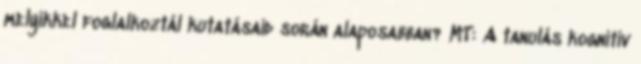
melyikkel foglalkoztál kutatásaid során alaposabban? MT: A tanulás kognitív